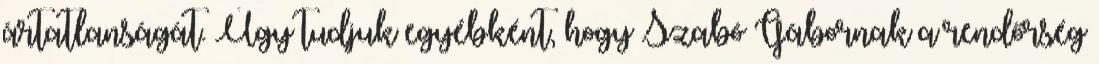
ártatlanságát. Úgy tudjuk egyébként, hogy Szabó Gábornak a rendőrség